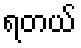
ရတယ်